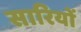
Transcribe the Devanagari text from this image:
सारियों